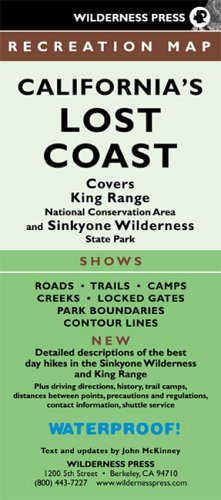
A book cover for MAP Californias Lost Coast Rec (Wilderness Press Maps); Wilderness Press; Reference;